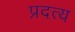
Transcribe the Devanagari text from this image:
प्रदत्य